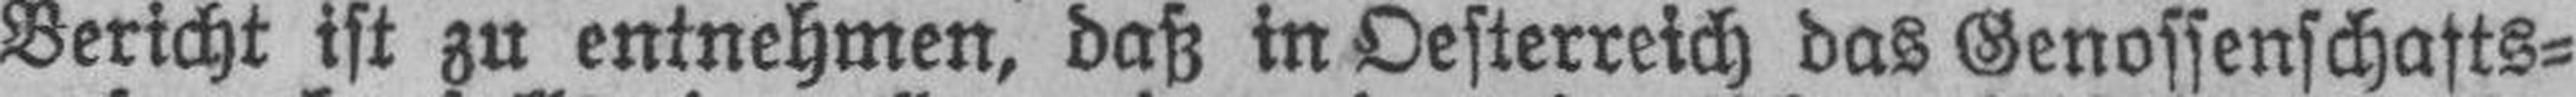
Bericht ist zu entnehmen, daß in Oesterreich das Genossenschafts¬